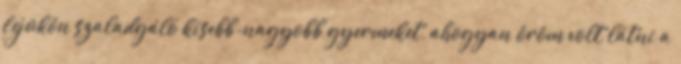
fejükön szaladgáló kisebb-nagyobb gyermeket, ahogyan öröm volt látni a